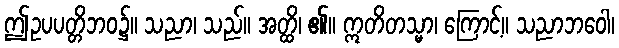
ဤဥပပတ္တိဘဝ၌။ သညာ၊ သည်။ အတ္ထိ၊ ၏။ ဣတိတသ္မာ၊ ကြောင့်။ သညာဘဝေါ၊